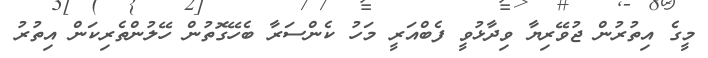
މީގެ އިތުރުން ޖުވޭރިޔާ ވިދާޅުވީ ފެބްއަރީ މަހު ކެންސަރާ ބެހޭގޮތުން ހޭލުންތެރިކަން އިތުރު